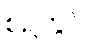
စဉ်တွင်